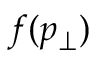
f ( p _ { \perp } )